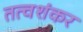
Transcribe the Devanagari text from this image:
तत्वशंकर